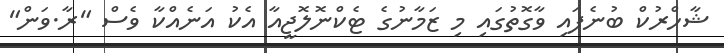
ޝާހްރުކް ބުނެފައި ވާގޮތުގައި މި ޒަމާނުގެ ޓެކްނޮލޮޖީއާ އެކު އަނެއްކާ ވެސް "ރާ.ވަން"